Scottish Leaving Certificate Examination, 1955
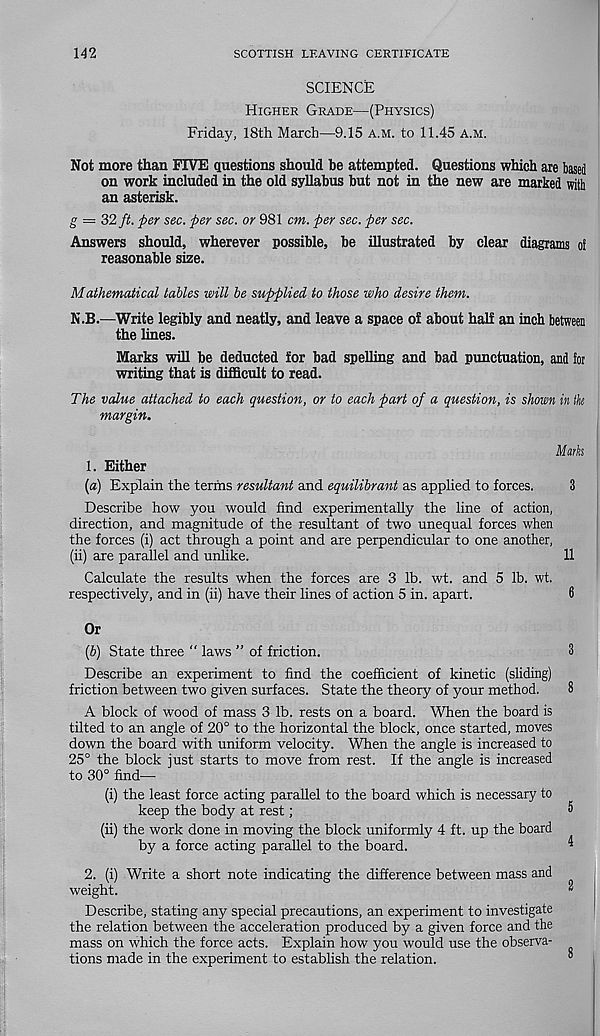
142
SCOTTISH LEAVING CERTIFICATE
SCIENCE
Higher Grade—(Physics)
Friday, 18th March—9.15 a.m. to 11.45 a.m.
Not more than FIVE questions should he attempted. Questions which are based
on work included in the old syllabus but not in the new are marked with
an asterisk.
g = 32 ft. per sec. per sec. or 981 cm. per sec. per sec.
Answers should, wherever possible, be illustrated by clear diagrams oi
reasonable size.
Mathematical tables will be supplied to those who desire them.
N.B.—Write legibly and neatly, and leave a space of about half an inch between
the lines.
Marks will be deducted for bad spelling and bad punctuation, and for
writing that is difficult to read.
The value attached to each question, or to each part of a question, is shown in the
margin.
Marks
1. Either
(а) Explain the terms resultant and equilibrant as applied to forces.
3
Describe how you would find experimentally the line of action,
direction, and magnitude of the resultant of two unequal forces when
the forces (i) act through a point and are perpendicular to one another,
(ii) are parallel and unlike.
11
Calculate the results when the forces are 3 lb. wt. and 5 lb. wt.
respectively, and in (ii) have their lines of action 5 in. apart.
6
Or
(б) State three " laws ” of friction.
3
Describe an experiment to find the coefficient of kinetic (sliding)
friction between two given surfaces. State the theory of your method.
8
A block of wood of mass 3 lb. rests on a board. When the board is
tilted to an angle of 20° to the horizontal the block, once started, moves
down the board with uniform velocity. When the angle is increased to
25° the block just starts to move from rest. If the angle is increased
to 30° find—
(i) the least force acting parallel to the board which is necessary to
keep the body at rest;
5
(ii) the work done in moving the block uniformly 4 ft. up the board
by a force acting parallel to the board.
^
2. (i) Write a short note indicating the difference between mass and
weight!
2
Describe, stating any special precautions, an experiment to investigate
the relation between the acceleration produced by a given force and the
mass on which the force acts. Explain how you would use the observa-
tions made in the experiment to establish the relation.